Rangoon Lunatic Asylum 1878-1892 - 1878-1892
Year: 1878
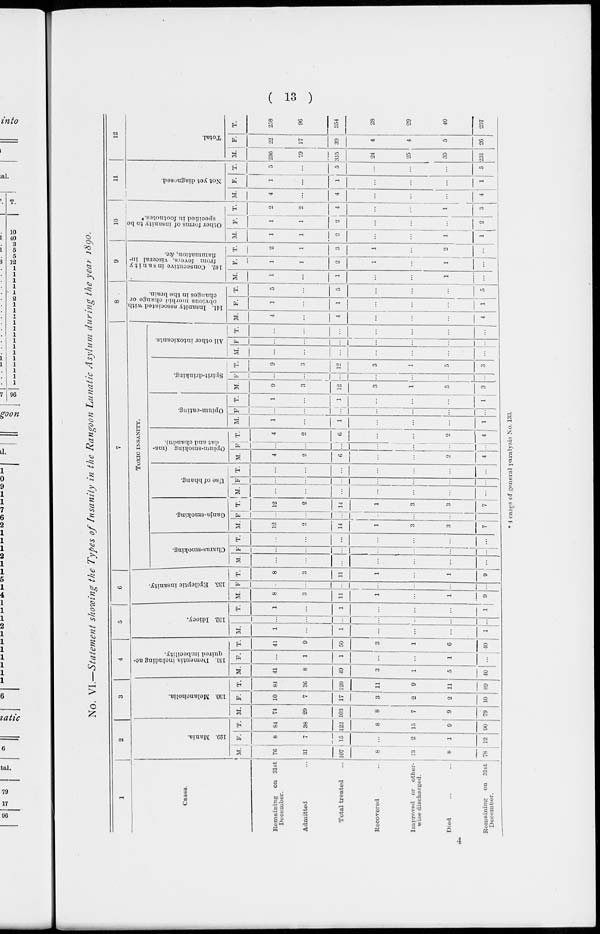
( 13 )
No. VI.—Statement showing the Types of Insanity in the Rangoon Lunatic Asylum during the year 1890.
1
Cases.
Remaining on 31st
December.
Admitted ...
Total treated
...
Recovered
...
Improved or other-
wise discharged.
Died
...
...
Remaining
on 31st
December.
2
129. Mania.
M.
76
31
107
8
13
8
78
F.
8
7
15
...
2
1
12
T.
84
38
122
8
15
9
90
3
130. Melancholia.
M.
74
29
103
8
7
9
79
F.
10
7
17
3
2
2
10
T.
84
36
120
11
9
11
89
4
131. Dementia including ac-
quired imbecility.
M.
41
8
49
3
1
5
40
F.
...
1
1
...
...
1
...
T.
41
9
50
3
1
6
40
5
132. Idiocy.
M.
1
...
1
...
...
...
1
F.
...
...
...
...
...
...
...
T.
1
...
1
...
...
...
1
6
135. Epileptic insanity.
M
8
3
11
1
...
1
9
F
...
...
...
...
...
...
...
T.
8
3
11
1
...
1
9
7
TOXIC INSANITY.
Charas-smoking.
M.
...
...
...
...
...
...
...
F
...
...
...
...
...
...
...
T.
...
...
...
...
...
...
...
Ganja-smoking.
M.
12
2
14
1
3
3
7
F
...
...
...
...
...
...
...
T.
12
2
14
1
3
3
7
Use of bhang.
M.
...
...
...
...
...
...
...
F
...
...
...
...
...
...
...
T.
...
...
...
...
...
...
...
Opium-smoking (ma-
-at and chandu).
M.
4
2
6
...
...
2
4
F
...
...
...
...
...
...
...
T.
4
2
6
...
...
2
4
Opium-eating.
M.
1
...
1
...
...
...
1
F
...
...
...
...
...
...
...
T.
1
...
1
...
...
...
1
Spirit-drinking.
M.
9
3
12
3
1
5
3
F
...
...
...
...
...
...
...
T.
9
3
12
3
1
5
3
All other intoxicants.
M.
...
...
...
...
...
...
...
F
...
...
...
...
...
...
...
T.
...
...
...
...
...
...
...
8
141. Insanity associated with
obvious morbid change or
changes in the brain.
M.
4
...
4
...
...
...
4
F.
1
...
1
...
...
...
1
T.
5
...
5
...
...
...
5
9
142. Consecutive insanity
from fevers, visceral in¬
flammation, &c.
M.
1
...
1
...
...
1
...
F.
1
1
2
1
...
1
...
T.
2
1
3
1
...
2
...
10
Other forms of insanity to be
specified in footnotes.*
M.
1
1
2
...
...
1
1
F.
1
1
2
...
...
...
2
T.
2
2
4
...
...
1
3
11
Not yet diagnosed.
M.
4
...
4
...
...
...
4
F.
1
...
1
...
...
...
1
T.
5
...
5
...
...
...
5
12
Total.
M.
236
79
315
24
25
35
231
F.
22
17
39
4
4
5
26
T.
258
96
354
28
29
40
257
* 4 cases of general paralysis No. 133.
4